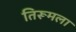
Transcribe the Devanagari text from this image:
तिरूमला